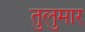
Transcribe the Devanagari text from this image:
तुलुमार